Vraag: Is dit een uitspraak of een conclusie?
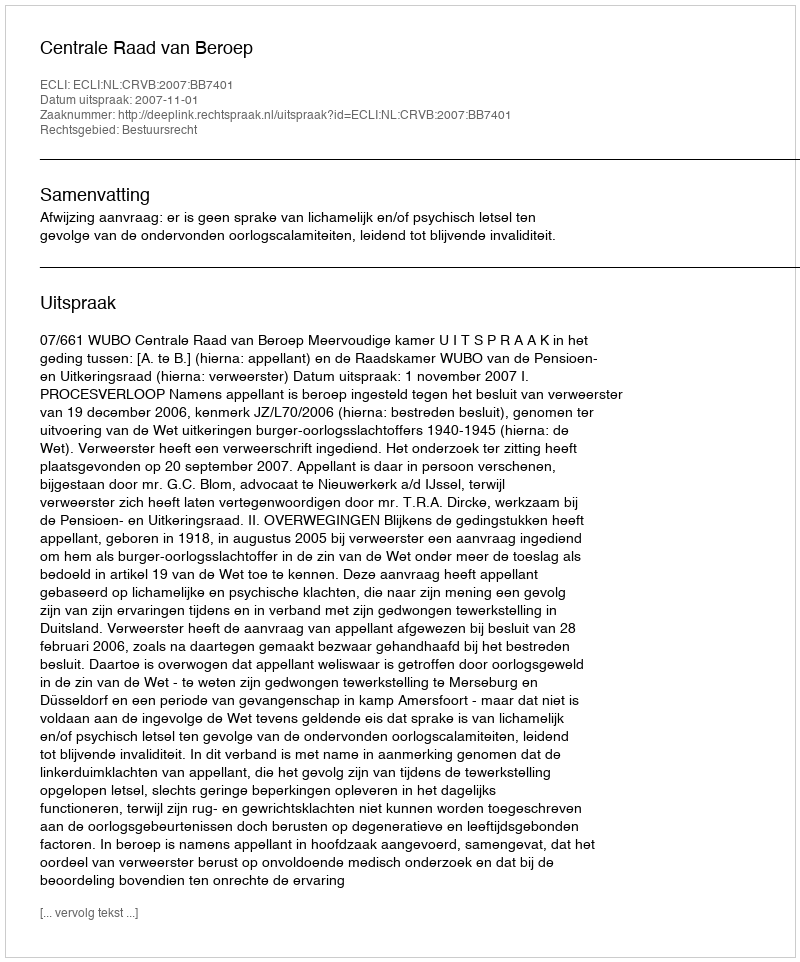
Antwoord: Uitspraak